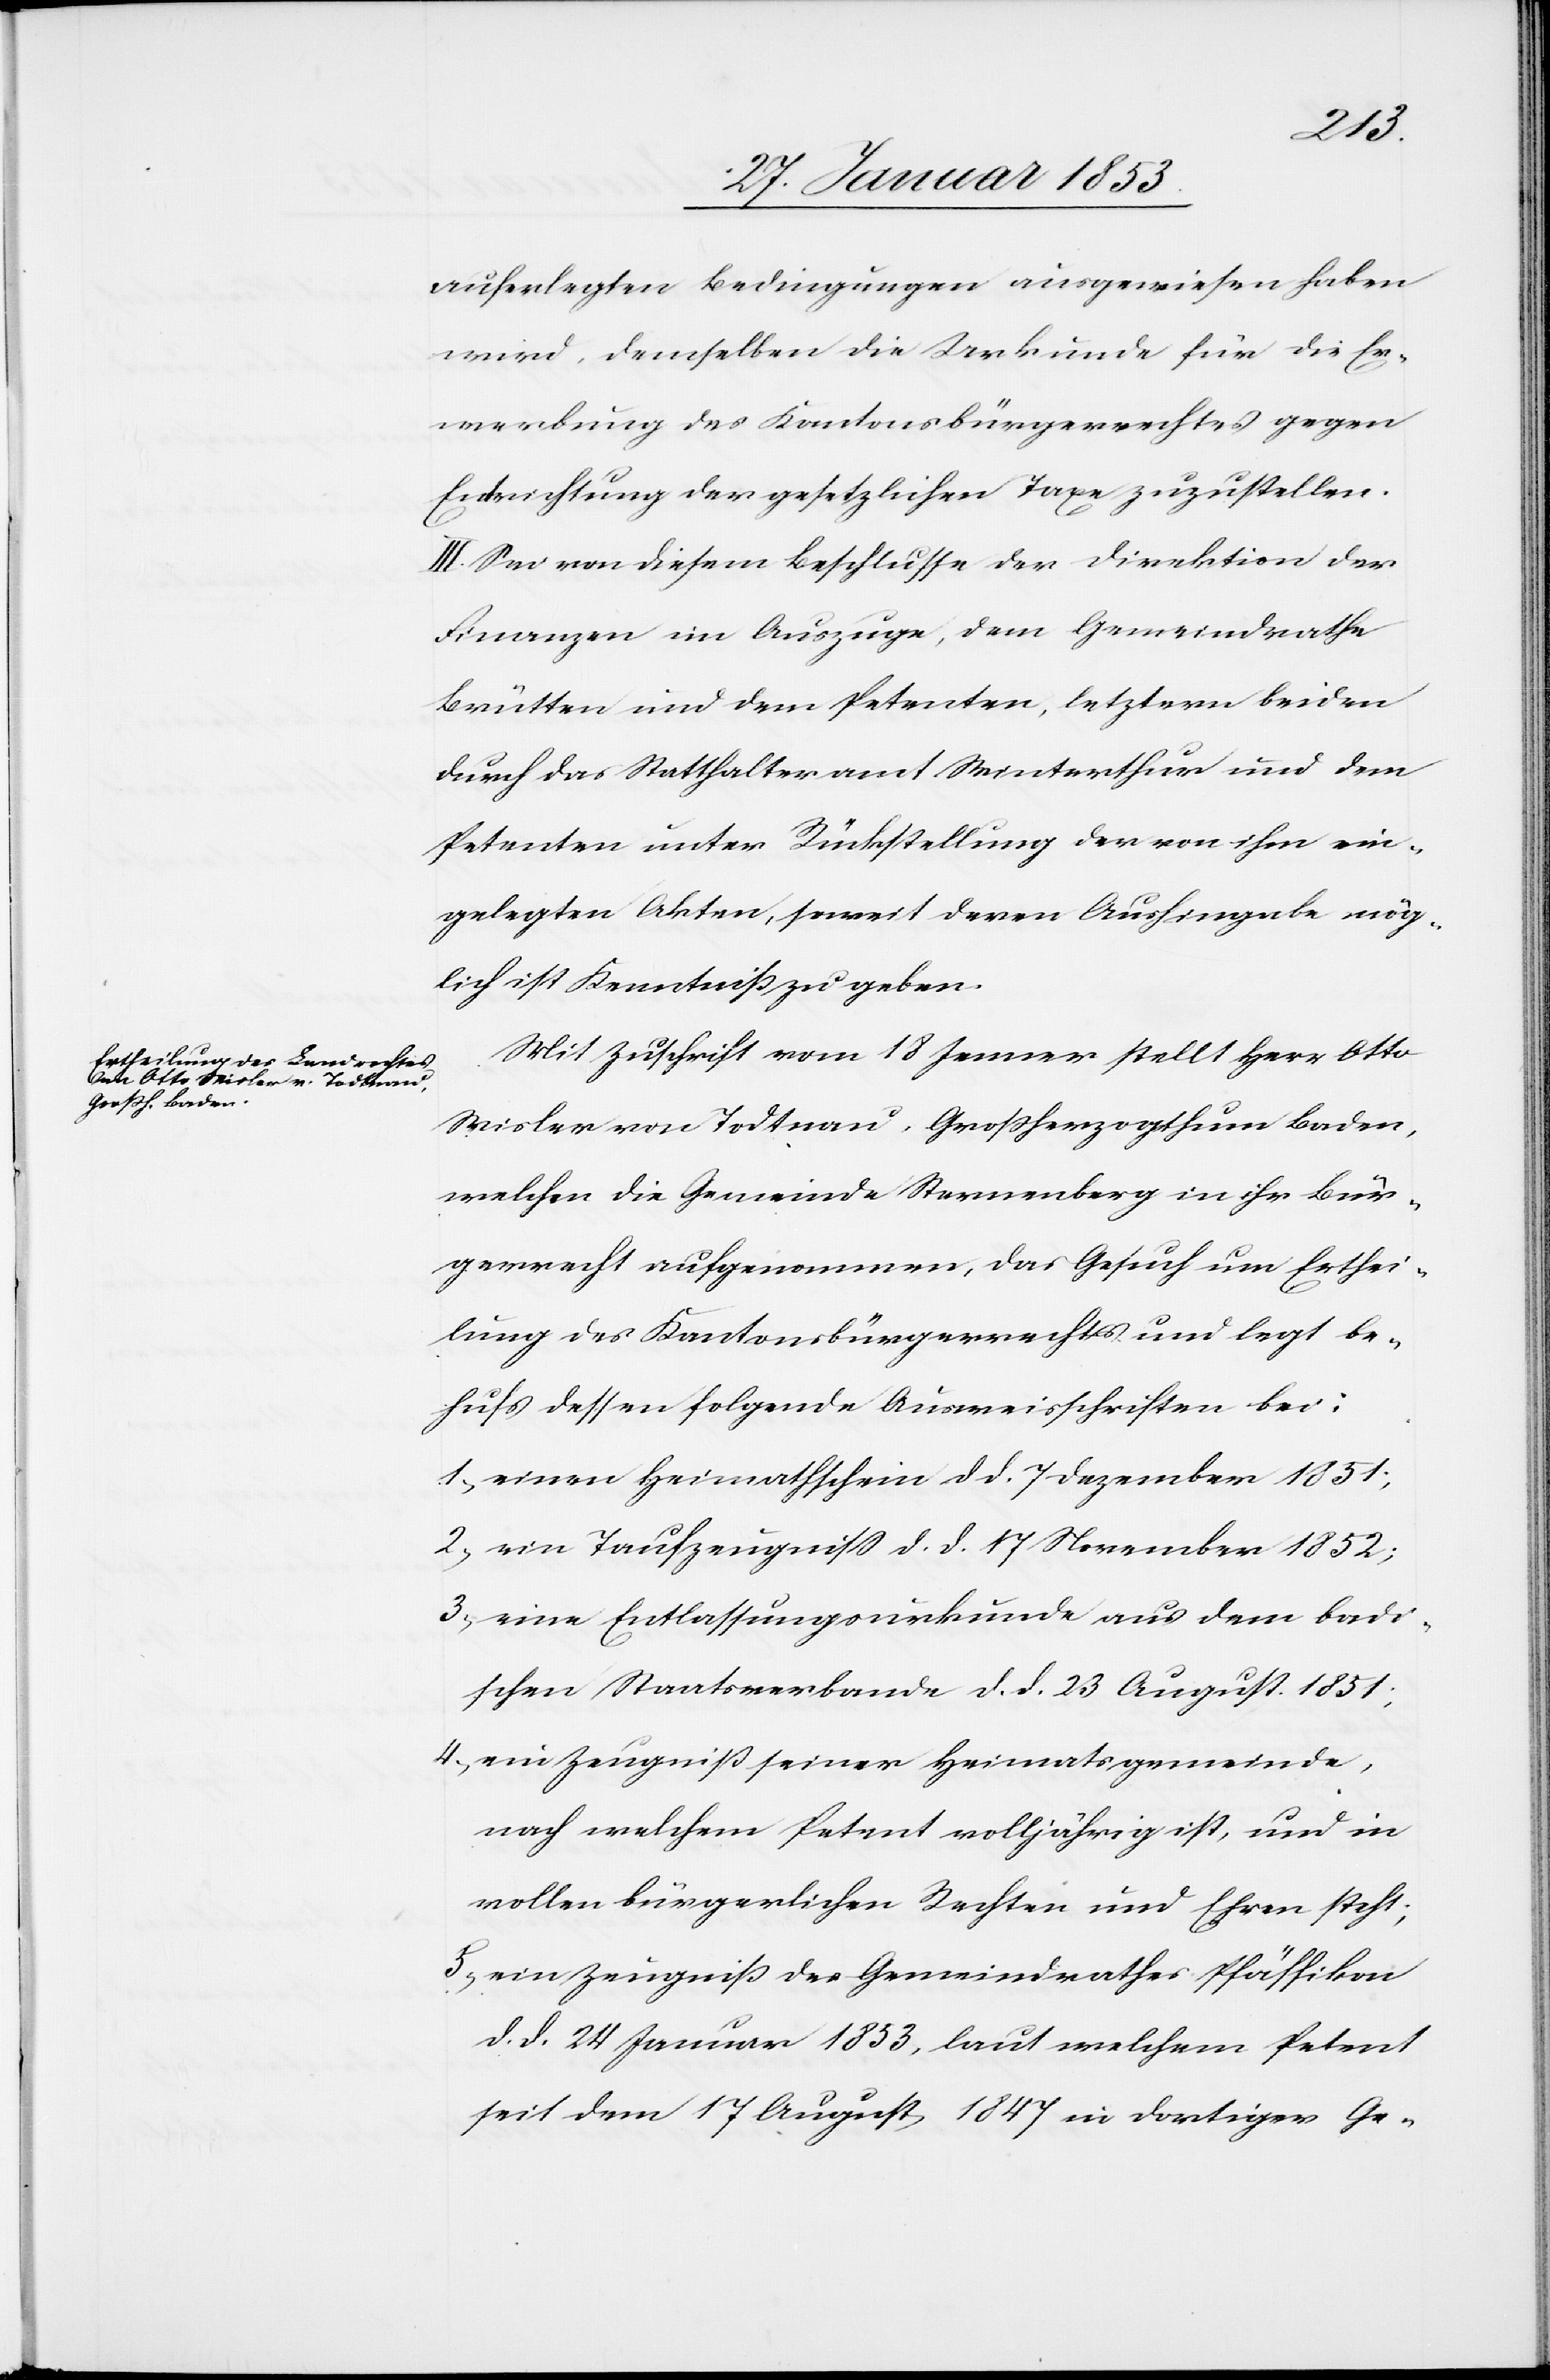
auferlegten Bedingungen ausgewiesen haben
wird, demselben die Urkunde für die Er¬
werbung des Kantonsbürgerrechtes gegen
Entrichtung der gesetzlichen Taxe zuzustellen.
III. Sei von diesem Beschlusse der Direktion der
Finanzen im Auszuge, dem Gemeindrathe
Brütten und dem Petenten, letzterem beiden
durch das Statthalteramt Winterthur und dem
Petenten unter Rückstellung der von ihm ein¬
gelegten Akten, soweit deren Aushingabe mög¬
lich ist Kenntniß zu geben.
Mit Zuschrift vom 18 Jenner stellt Herr Otto
Wisler von Todtnau, Großherzogthum Baden,
welcher die Gemeinde Sternenberg in ihr Bür¬
gerrecht aufgenommen, das Gesuch um Erthei¬
lung des Kantonsbürgerrechtes und legt be¬
hufs dessen folgende Ausweisschriften bei:
1, einen Heimathschein d. d. 7 Dezember 1851;
2, ein Taufzeugniß d. d. 17 November 1852;
3, eine Entlassungsurkunde aus dem badi¬
schen Staatsverbande d. d. 23 August 1851;
4, ein Zeugniß seiner Heimatsgemeinde,
nach welchem Petent volljährig ist, und in
vollen bürgerlichen Rechten und Ehren steht;
5, ein Zeugniß des Gemeindrathes Pfäffikon
d. d. 24 Januar 1853, laut welchem Petent
seit dem 17 August 1847 in dortiger Ge-